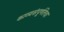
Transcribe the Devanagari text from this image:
काव्यसंपूर्णतेचा